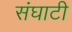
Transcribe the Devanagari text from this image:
संघाटी